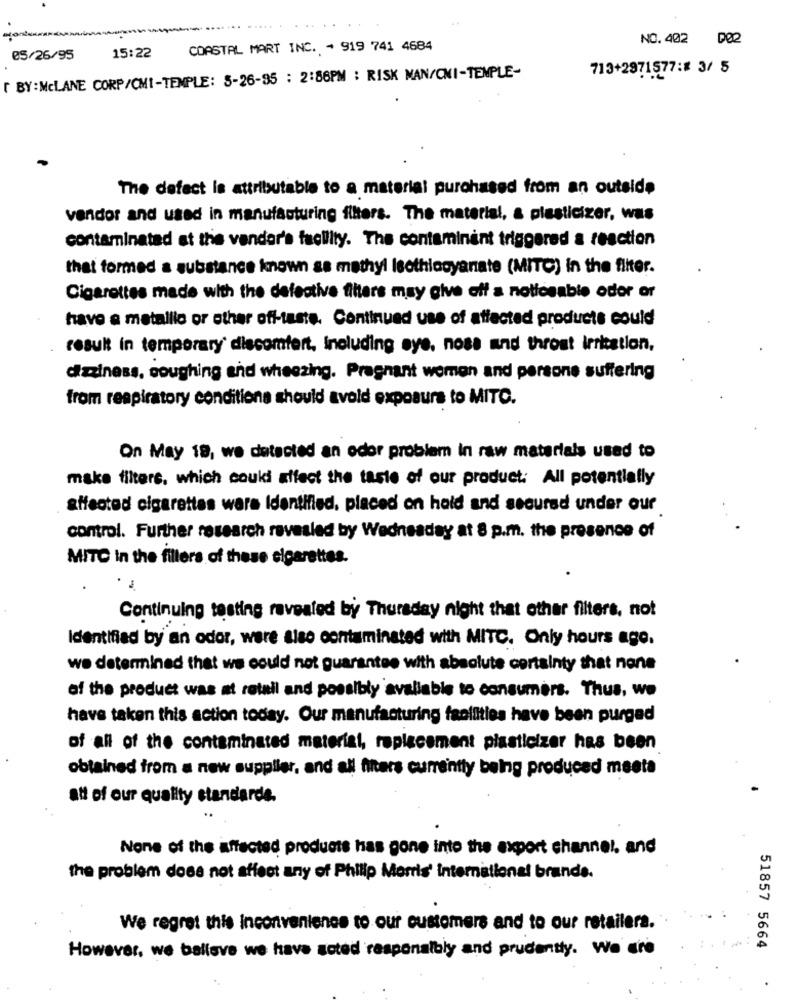
NO.402 D02
COASTAL MART INC. - 919 741 4684
05/26/95
15:22
713+2971577:# 3/ 5
T BY:MCLANE CORP/CMI-TEMPLE: 5-26-95 : 2:56PM : RISK MAN/CMI-TEMPLE-
The defect la attributable to a material purchased from an outside
vendor and used in manufacturing filters. The material, & plasticizer, was
contaminated at the vendor's facility. The contaminent triggered a reaction
that formed a substance known sa mathyl Isethlooyanate (MITC) in the filter.
Cigarettes made with the defective filters may give off a noticeable odor or
have a metallic or other off-taste. Continued use of affected products could
result in temporary' discomfort, Including aye, nose and throat irritation,
dizziness, coughing and wheezing. Pregnant women and persone suffering
from respiratory conditions should avoid exposure to MITC.
On May 19, we detected an odor problem in raw materials used to
make filters, which could affect the taste of our product. All potentially
affected cigarettes wars Identified, placed on hold and secured under our
control. Further research revealed by Wednesday at 8 p.m. the presence of
MITC in the fillers of these cigarettes.
Continuing testing revealed by Thursday night that other filters, not
Identified by an odor, were also contaminated with MITC. Only hours ago.
we determined that we could not guarantee with absolute certainty that none
of the product was at retail and possibly avaliable to consumers. Thus, we
have taken this action today. Our manufacturing facilities have been purged
of all of the contaminated material, replacement plasticizer has been
obtained from a new supplier, and all filters currently being produced meeta
att of our quality standards.
None of the affected products has gone into the export channel, and
the problem does not affect any of Philip Morris' international brande.
We regret this inconvenience to our customers and to our retailers.
However, we believe we have soted responsibly and prudently. We' re
.
51857 5664